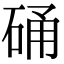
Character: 硧